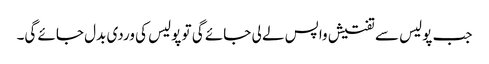
جب پولیس سے تفتیش واپس لے لی جائے گی تو پولیس کی وردی بدل جائے گی۔